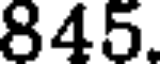
845.